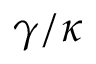
\gamma / \kappa